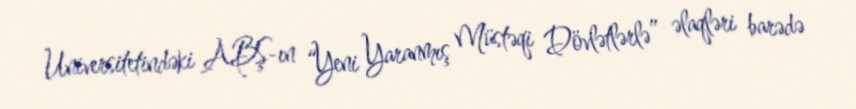
Universitetindəki ABŞ-ın “Yeni Yaranmış Müstəqi Dövlətlərlə” əlaqləri barədə